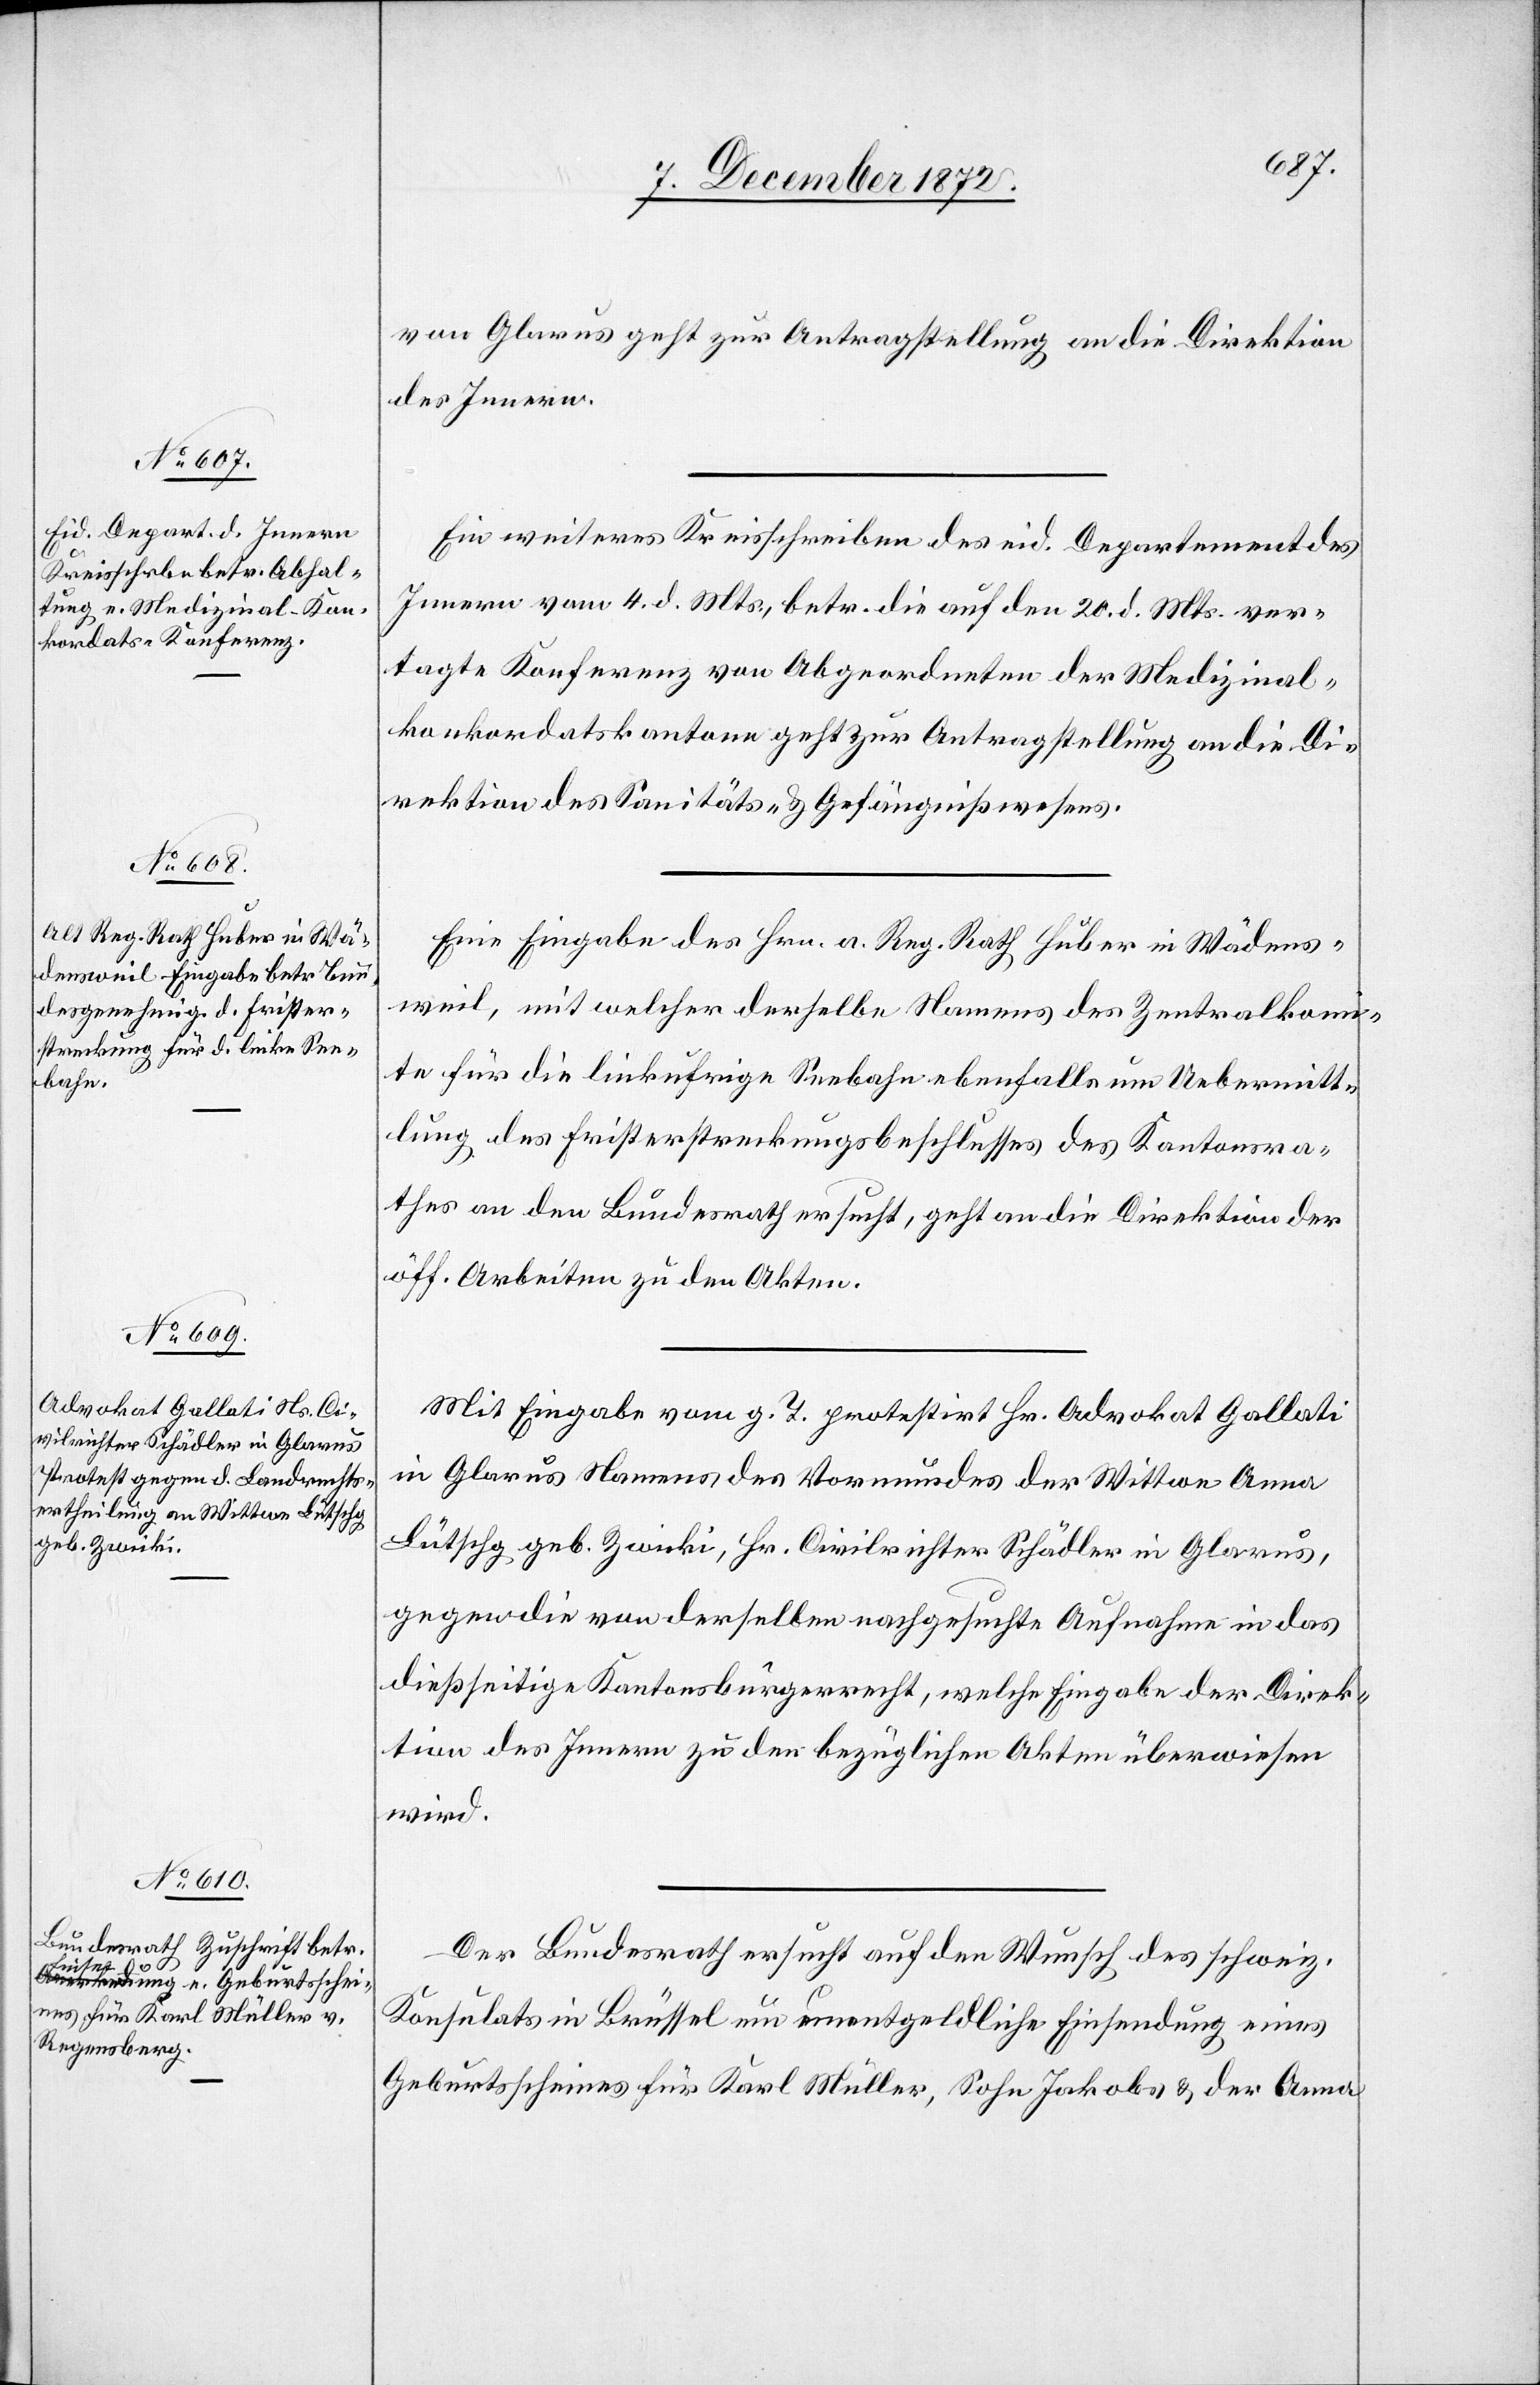
10. December 1872.]
von Glarus geht zur Antragstellung an die Direktion
des Innern.
Ein weiteres Kreisschreiben des eid. Departement des
Innern vom 4. d. Mts., betr. die auf den 20. d. Mts. ver¬
tagte Konferenz von Abgeordneten der Medizinal¬
konkordatskantone geht zur Antragstellung an die Di¬
rektion des Sanitäts- u. Gefängnißwesens.
Eine Eingabe des Hrn. a. Reg. Rath Huber in Wädens¬
weil, mit welcher derselbe Namens des Zentralkomi¬
te für die linkufrige Seebahn ebenfalls um Uebermitt¬
lung des Fristerstreckungsbeschlusses des Kantonsra¬
thes an den Bundesrath ersucht, geht an die Direktion der
öff. Arbeiten zu den Akten.
Mit Eingabe vom g. T. protestirt Hr. Advokat Gallati
in Glarus Namens des Vormundes der Wittwe Anna
Lütschg geb. Zwicki, Hr. Civilrichter Schädler in Glarus,
gegen die von derselben nachgesuchte Aufnahme in das
dießseitige Kantonsbürgerrecht, welche Eingabe der Direk¬
tion des Innern zu den bezüglichen Akten überwiesen
wird.
Der Bundesrath ersucht auf den Wunsch des schweiz.
Konsulats in Brüssel um unentgeldliche Einsendung eines
Geburtsscheines für Karl Müller, Sohn Jakobs u. der Anna